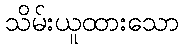
သိမ်းယူထားသော